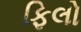
ફિલો